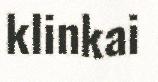
klinkai